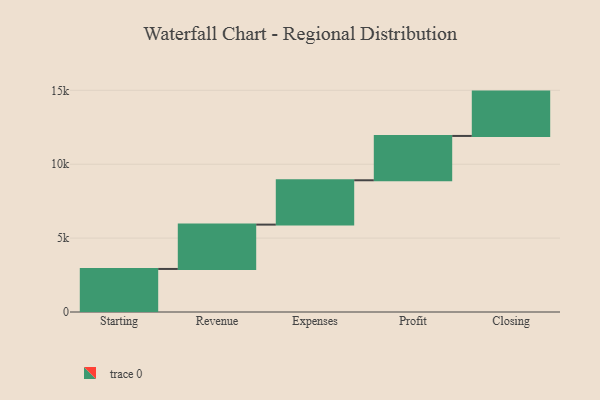
{"axis": {"x": "Step", "y": "Value"}, "legend": [""], "data": [{"x": "Starting", "y": 2913.0, "type": ""}, {"x": "Revenue", "y": 3000, "type": ""}, {"x": "Expenses", "y": 3000, "type": ""}, {"x": "Profit", "y": 3000, "type": ""}, {"x": "Closing", "y": 3000, "type": ""}]}